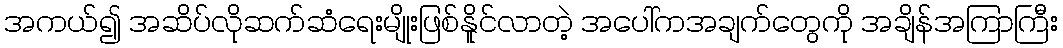
အကယ်၍ အဆိပ်လိုဆက်ဆံရေးမျိုးဖြစ်နိူင်လာတဲ့ အပေါ်ကအချက်တွေကို အချိန်အကြာကြီး